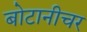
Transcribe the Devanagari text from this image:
बोटानीचर